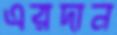
এরদান